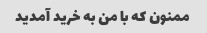
ممنون که با من به خرید آمدید